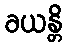
ခယန္တိ